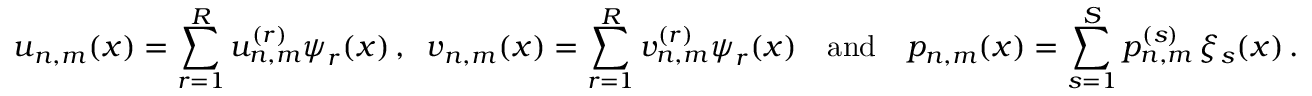
\boldsymbol u _ { n , m } ( \boldsymbol x ) = \sum _ { r = 1 } ^ { R } u _ { n , m } ^ { ( r ) } \boldsymbol \psi _ { r } ( \boldsymbol x ) \, , \; \; \boldsymbol v _ { n , m } ( \boldsymbol x ) = \sum _ { r = 1 } ^ { R } v _ { n , m } ^ { ( r ) } \boldsymbol \psi _ { r } ( \boldsymbol x ) \quad \mathrm { a n d } \quad p _ { n , m } ( \boldsymbol x ) = \sum _ { s = 1 } ^ { S } p _ { n , m } ^ { ( s ) } \, \xi _ { s } ( \boldsymbol x ) \, .